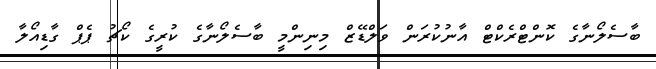
ބާސެލޯނާގެ ކޮންޓްރެކްޓް އާނުކުރަން ވަލްޑޭޒް މިނިންމީ ބާސެލޯނާގެ ކުރީގެ ކޯޗު ޕެޕް ގާޑިއޯލާ